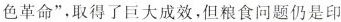
色革命”，取得了巨大成效，但粮食问题仍是印